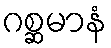
ဂစ္ဆမာနံ